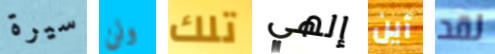
سيرة ولن تلك إلهي أين لقد